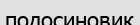
подосиновик